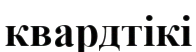
квардтікі